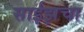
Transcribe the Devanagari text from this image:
साईझचा